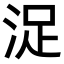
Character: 浞